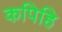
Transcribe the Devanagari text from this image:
कपिहि